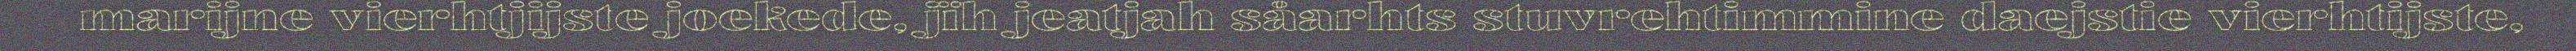
marijne vierhtjijste joekede, jïh jeatjah såarhts stuvrehtimmine daejstie vierhtijste,